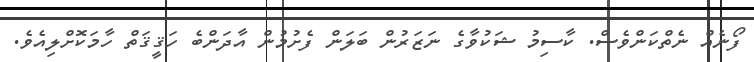
ފޯނެއް ނެތްކަންވެސް. ކާސިމު ޝަކުވާގެ ނަޒަރުން ބަލަން ފެށުމުން އާދަންބެ ހަޤީޤަތް ހާމަކޮށްލިއެވެ.